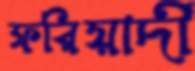
ফরিয়াদী